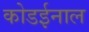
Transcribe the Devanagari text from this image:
कोडईनाल